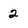
Character: 2